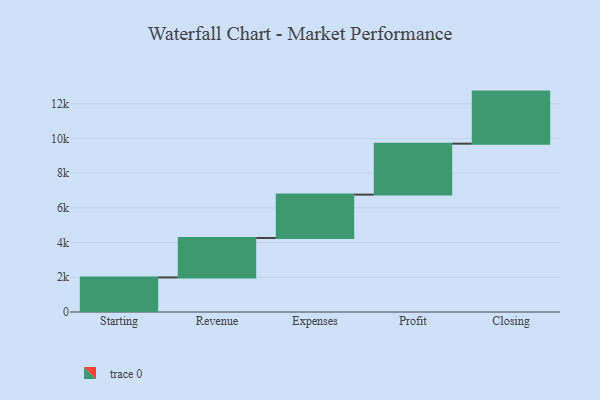
{"axis": {"x": "Step", "y": "Value"}, "legend": [""], "data": [{"x": "Starting", "y": 1991.0, "type": ""}, {"x": "Revenue", "y": 2274.0, "type": ""}, {"x": "Expenses", "y": 2498.0, "type": ""}, {"x": "Profit", "y": 2936.0, "type": ""}, {"x": "Closing", "y": 3000, "type": ""}]}